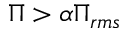
\Pi > \alpha \Pi _ { r m s }